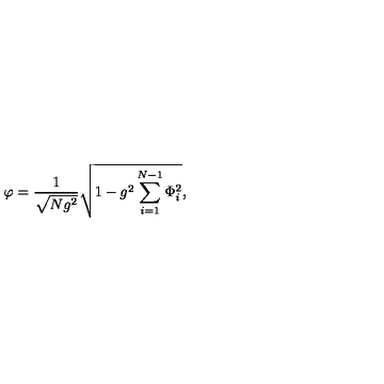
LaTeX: \varphi = { \frac { 1 } { \sqrt { N g ^ { 2 } } } } \sqrt { 1 - g ^ { 2 } \sum _ { i = 1 } ^ { N - 1 } \Phi _ { i } ^ { 2 } } ,